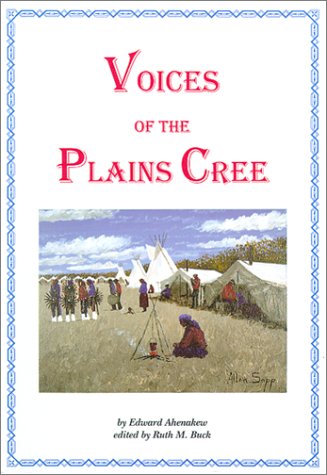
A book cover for Voices of the Plains Cree (Canadian Plains Studies(CPS)); EDWARD AHENAKEW; Biographies & Memoirs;